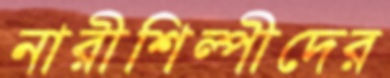
নারীশিল্পীদের